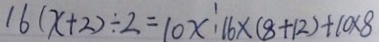
1 6 ( x + 2 ) \div 2 = 1 0 x : 1 6 \times ( 8 + 1 2 ) + 1 0 \times 8